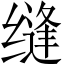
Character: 缝